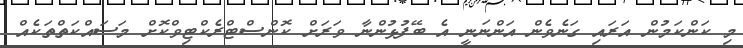
މި ކަންކަމުން އަރައި ގަނެވެން އަންނަނީ އެ ބޭފުޅުންނާ ވަރަށް ކޮންސްޓްރެކްޓިވްކޮށް މަސައްކަތްތަކެއް